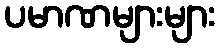
ပမာဏများများ